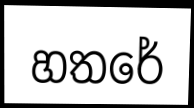
හතරේ